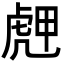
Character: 䖖